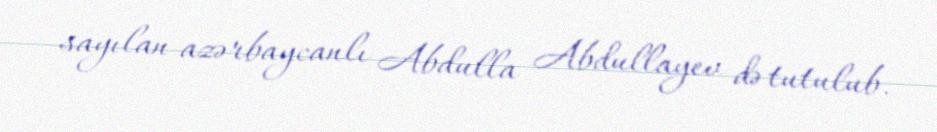
sayılan azərbaycanlı Abdulla Abdullayev də tutulub.